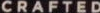
CRAFTED